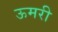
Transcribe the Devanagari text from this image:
ऊमरी